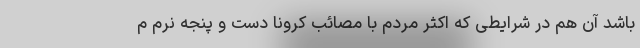
باشد آن هم در شرایطی که اکثر مردم با مصائب کرونا دست و پنجه نرم م